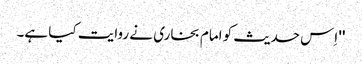
'' اِس حدیث کو امام بخاری نے روایت کیا ہے۔